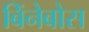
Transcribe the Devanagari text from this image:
बिंनेबोस